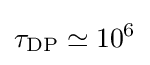
\tau _{\text{DP}}\simeq 10^{6}